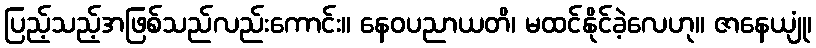
ပြည့်သည့်အဖြစ်သည်လည်းကောင်း။ နေဝပညာယတိ၊ မထင်နိုင်ခဲ့လေဟု။ ဇာနေယျုံ၊